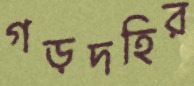
গড়দহির